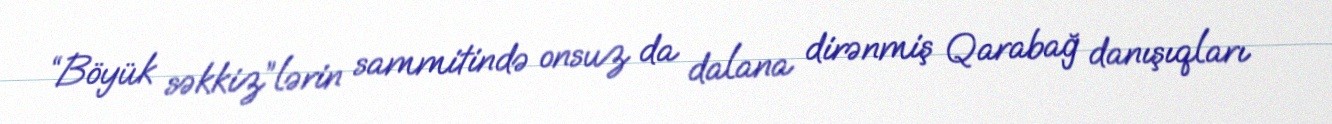
“Böyük səkkiz”lərin sammitində onsuz da dalana dirənmiş Qarabağ danışıqları